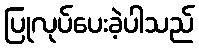
ပြုလုပ်ပေးခဲ့ပါသည်